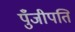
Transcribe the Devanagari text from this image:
पुँजीपति